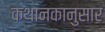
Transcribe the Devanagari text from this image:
कथानकानुसार